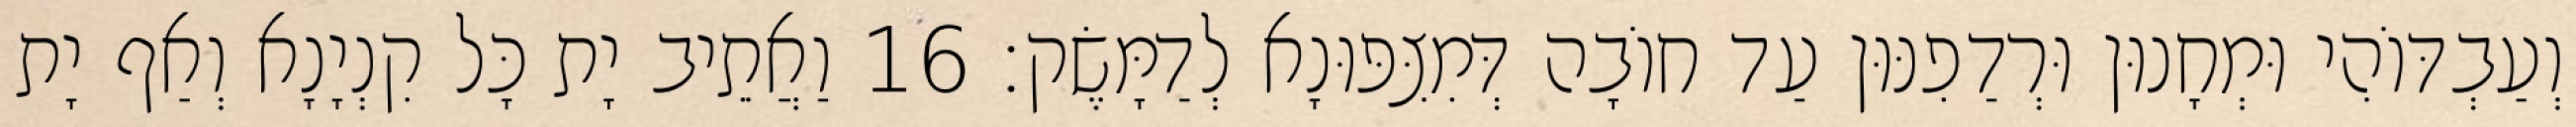
וְעַבְדּוֹהִי וּמְחָנוּן וּרְדַפִנּוּן עַד חוֹבָה דְּמִצִּפּוּנָא לְדַמָּשֶׂק׃ 16 וַאֲתֵיב יָת כָּל קִנְיָנָא וְאַף יָת